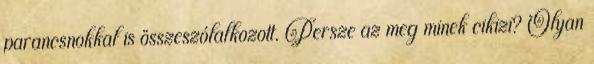
parancsnokkal is összeszólalkozott. Persze az meg minek cikizi? Olyan